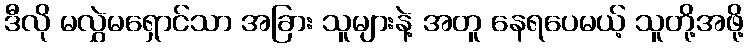
ဒီလို မလွှဲမရှောင်သာ အခြား သူများနဲ့ အတူ နေရပေမယ့် သူတို့အဖို့